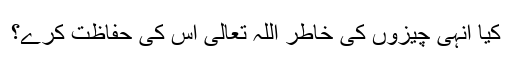
کیا انہی چیزوں کی خاطر اللہ تعالی اس کی حفاظت کرے؟